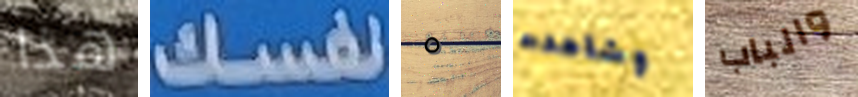
هذا نفسك ٥ وشاهدت والباب